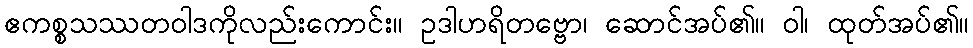
ဧကစ္စသဿတဝါဒကိုလည်းကောင်း။ ဥဒါဟရိတဗ္ဗော၊ ဆောင်အပ်၏။ ဝါ၊ ထုတ်အပ်၏။